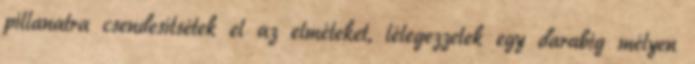
pillanatra csendesítsétek el az elméteket, lélegezzetek egy darabig mélyen